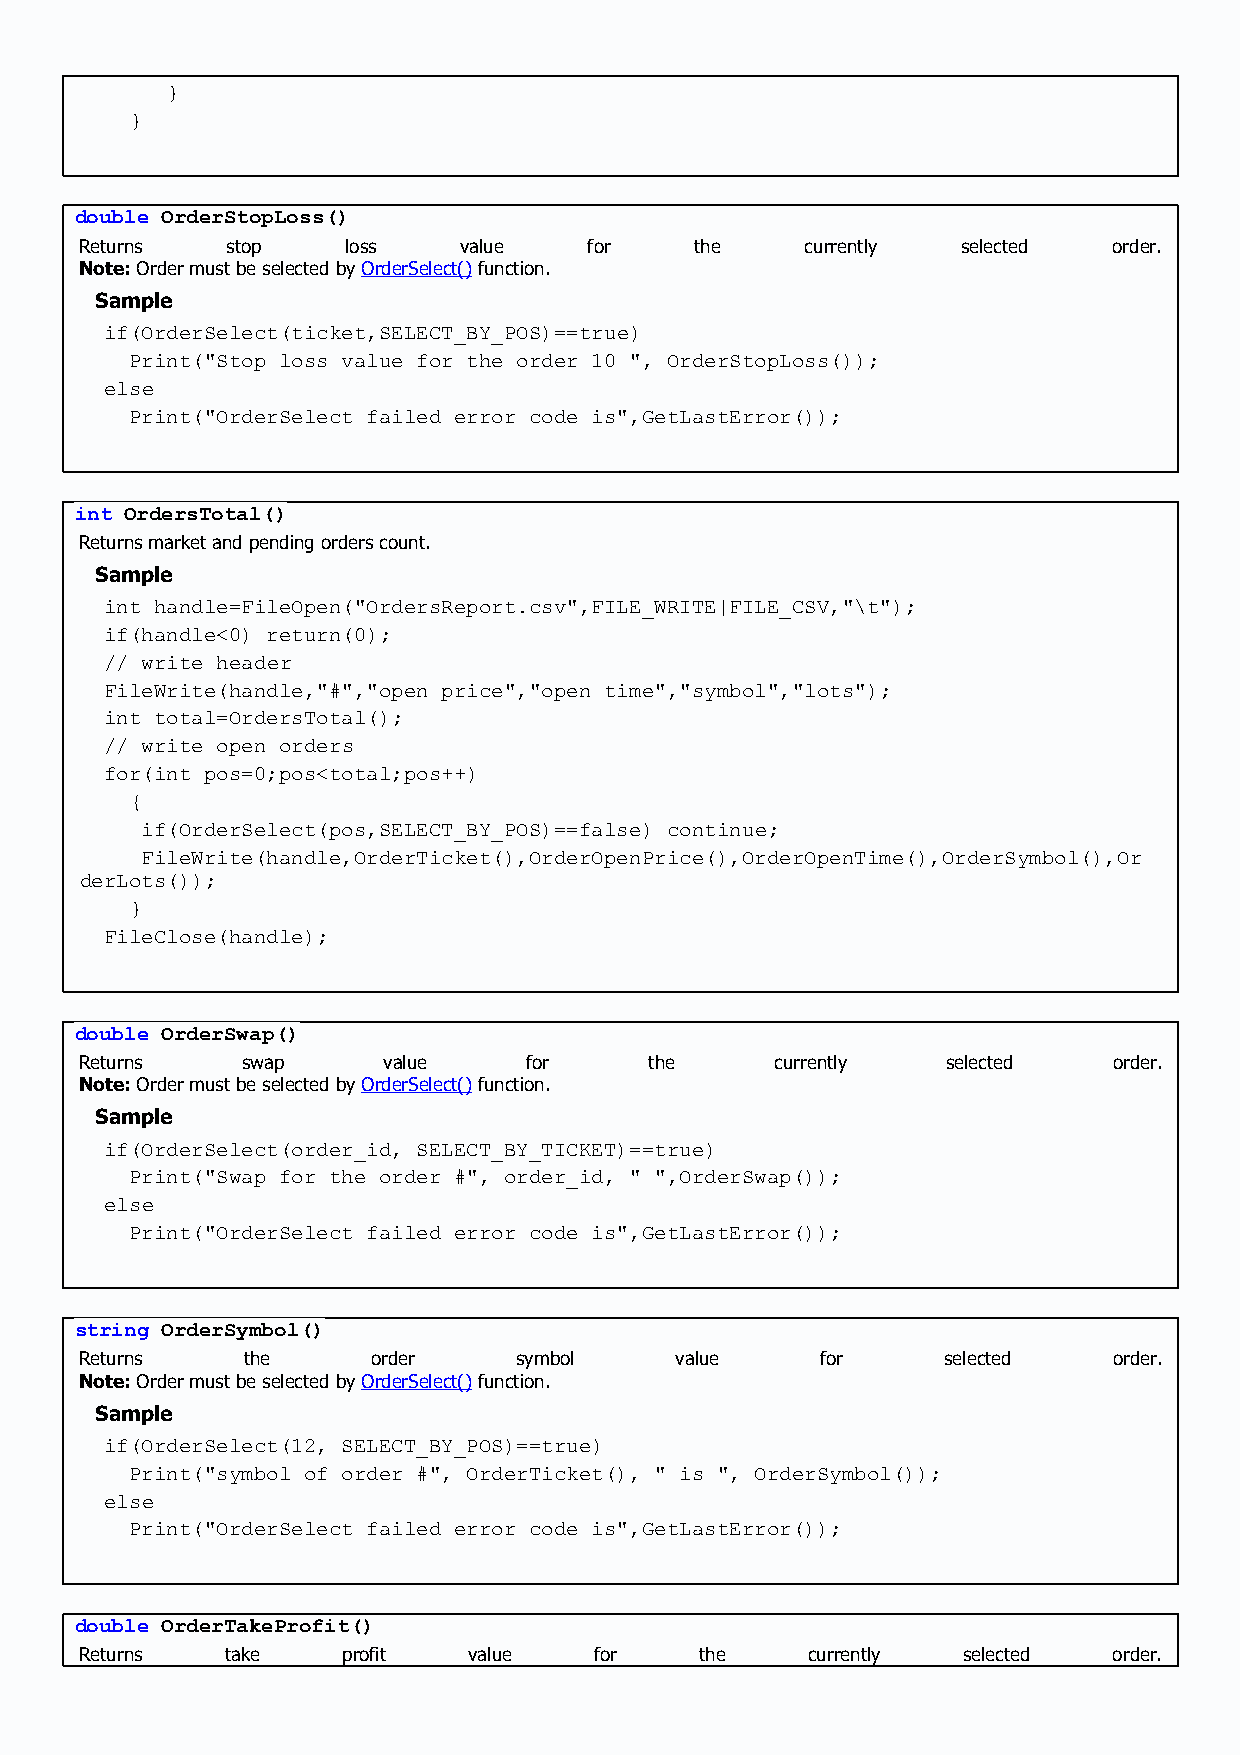
}
 }
 double OrderStopLoss()
 Returns   stop    loss   value    for    the    currently  selected  order.
 Note: Order must be selected by OrderSelect() function.
 Sample
 if(OrderSelect(ticket,SELECT_BY_POS)==true)
 Print("Stop loss value for the order 10 ", OrderStopLoss());
 else
 Print("OrderSelect failed error code is",GetLastError());
 int OrdersTotal()
 Returns market and pending orders count.
 Sample
 int handle=FileOpen("OrdersReport.csv",FILE_WRITE|FILE_CSV,"\t");
 if(handle<0) return(0);
 // write header
 FileWrite(handle,"#","open price","open time","symbol","lots");
 int total=OrdersTotal();
 // write open orders
 for(int pos=0;pos<total;pos++)
 {
 if(OrderSelect(pos,SELECT_BY_POS)==false) continue;
 FileWrite(handle,OrderTicket(),OrderOpenPrice(),OrderOpenTime(),OrderSymbol(),Or
 derLots());
 }
 FileClose(handle);
 double OrderSwap()
 Returns    swap     value     for     the     currently   selected   order.
 Note: Order must be selected by OrderSelect() function.
 Sample
 if(OrderSelect(order_id, SELECT_BY_TICKET)==true)
 Print("Swap for the order #", order_id, " ",OrderSwap());
 else
 Print("OrderSelect failed error code is",GetLastError());
 string OrderSymbol()
 Returns    the      order    symbol     value    for     selected    order.
 Note: Order must be selected by OrderSelect() function.
 Sample
 if(OrderSelect(12, SELECT_BY_POS)==true)
 Print("symbol of order #", OrderTicket(), " is ", OrderSymbol());
 else
 Print("OrderSelect failed error code is",GetLastError());
 double OrderTakeProfit()
 Returns   take    profit  value   for    the    currently  selected  order.